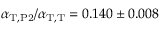
\alpha _ { \mathrm { T } , \mathrm { P 2 } } / \alpha _ { \mathrm { T } , \mathrm { T } } = 0 . 1 4 0 \pm 0 . 0 0 8